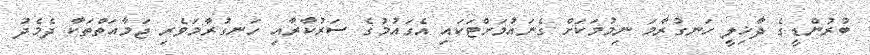
ބުރުންޑީގެ ދާޚިލީ ހަނގުރާމަ ނިމުމަކަށް ގެނައުމަށްޓަކައި އެގައުމުގެ ސަރުކާރާއި ހަނގުރާމަވެރި ޖަމާއަތްތަކާ ދެމެދު